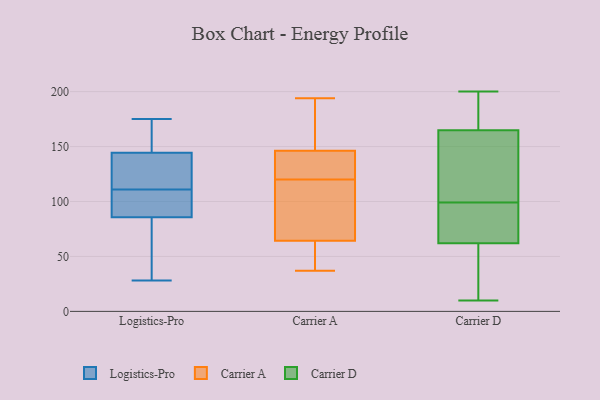
{"axis": {"x": "Net Income (USD K)", "y": "Value"}, "legend": ["Carrier A", "Carrier D", "Logistics-Pro"], "data": [{"x": "", "y": 70, "type": "Logistics-Pro"}, {"x": "", "y": 119, "type": "Logistics-Pro"}, {"x": "", "y": 119, "type": "Logistics-Pro"}, {"x": "", "y": 59, "type": "Logistics-Pro"}, {"x": "", "y": 175, "type": "Logistics-Pro"}, {"x": "", "y": 131, "type": "Logistics-Pro"}, {"x": "", "y": 91, "type": "Logistics-Pro"}, {"x": "", "y": 157, "type": "Logistics-Pro"}, {"x": "", "y": 145, "type": "Logistics-Pro"}, {"x": "", "y": 91, "type": "Logistics-Pro"}, {"x": "", "y": 28, "type": "Logistics-Pro"}, {"x": "", "y": 101, "type": "Logistics-Pro"}, {"x": "", "y": 144, "type": "Logistics-Pro"}, {"x": "", "y": 111, "type": "Logistics-Pro"}, {"x": "", "y": 157, "type": "Logistics-Pro"}, {"x": "", "y": 106, "type": "Logistics-Pro"}, {"x": "", "y": 32, "type": "Logistics-Pro"}, {"x": "", "y": 144, "type": "Carrier A"}, {"x": "", "y": 125, "type": "Carrier A"}, {"x": "", "y": 60, "type": "Carrier A"}, {"x": "", "y": 61, "type": "Carrier A"}, {"x": "", "y": 37, "type": "Carrier A"}, {"x": "", "y": 194, "type": "Carrier A"}, {"x": "", "y": 171, "type": "Carrier A"}, {"x": "", "y": 120, "type": "Carrier A"}, {"x": "", "y": 74, "type": "Carrier A"}, {"x": "", "y": 94, "type": "Carrier A"}, {"x": "", "y": 147, "type": "Carrier A"}, {"x": "", "y": 26, "type": "Carrier D"}, {"x": "", "y": 160, "type": "Carrier D"}, {"x": "", "y": 74, "type": "Carrier D"}, {"x": "", "y": 76, "type": "Carrier D"}, {"x": "", "y": 200, "type": "Carrier D"}, {"x": "", "y": 152, "type": "Carrier D"}, {"x": "", "y": 90, "type": "Carrier D"}, {"x": "", "y": 179, "type": "Carrier D"}, {"x": "", "y": 10, "type": "Carrier D"}, {"x": "", "y": 126, "type": "Carrier D"}, {"x": "", "y": 15, "type": "Carrier D"}, {"x": "", "y": 191, "type": "Carrier D"}, {"x": "", "y": 180, "type": "Carrier D"}, {"x": "", "y": 101, "type": "Carrier D"}, {"x": "", "y": 16, "type": "Carrier D"}, {"x": "", "y": 99, "type": "Carrier D"}, {"x": "", "y": 81, "type": "Carrier D"}]}